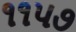
૧૧૫૭